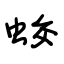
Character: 蛟